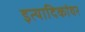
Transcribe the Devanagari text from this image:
इत्यादिकांवर